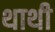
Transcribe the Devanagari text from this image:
थाथी